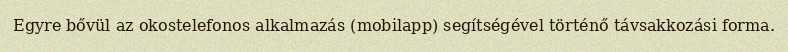
Egyre bővül az okostelefonos alkalmazás (mobilapp) segítségével történő távsakkozási forma.